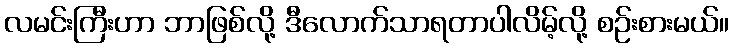
လမင်းကြီးဟာ ဘာဖြစ်လို့ ဒီလောက်သာရတာပါလိမ့်လို့ စဉ်းစားမယ်။